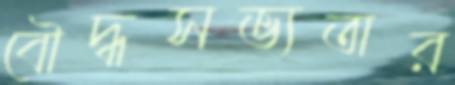
বৌদ্ধসভ্যতার